Trukikaitis_Postimees, lk 34
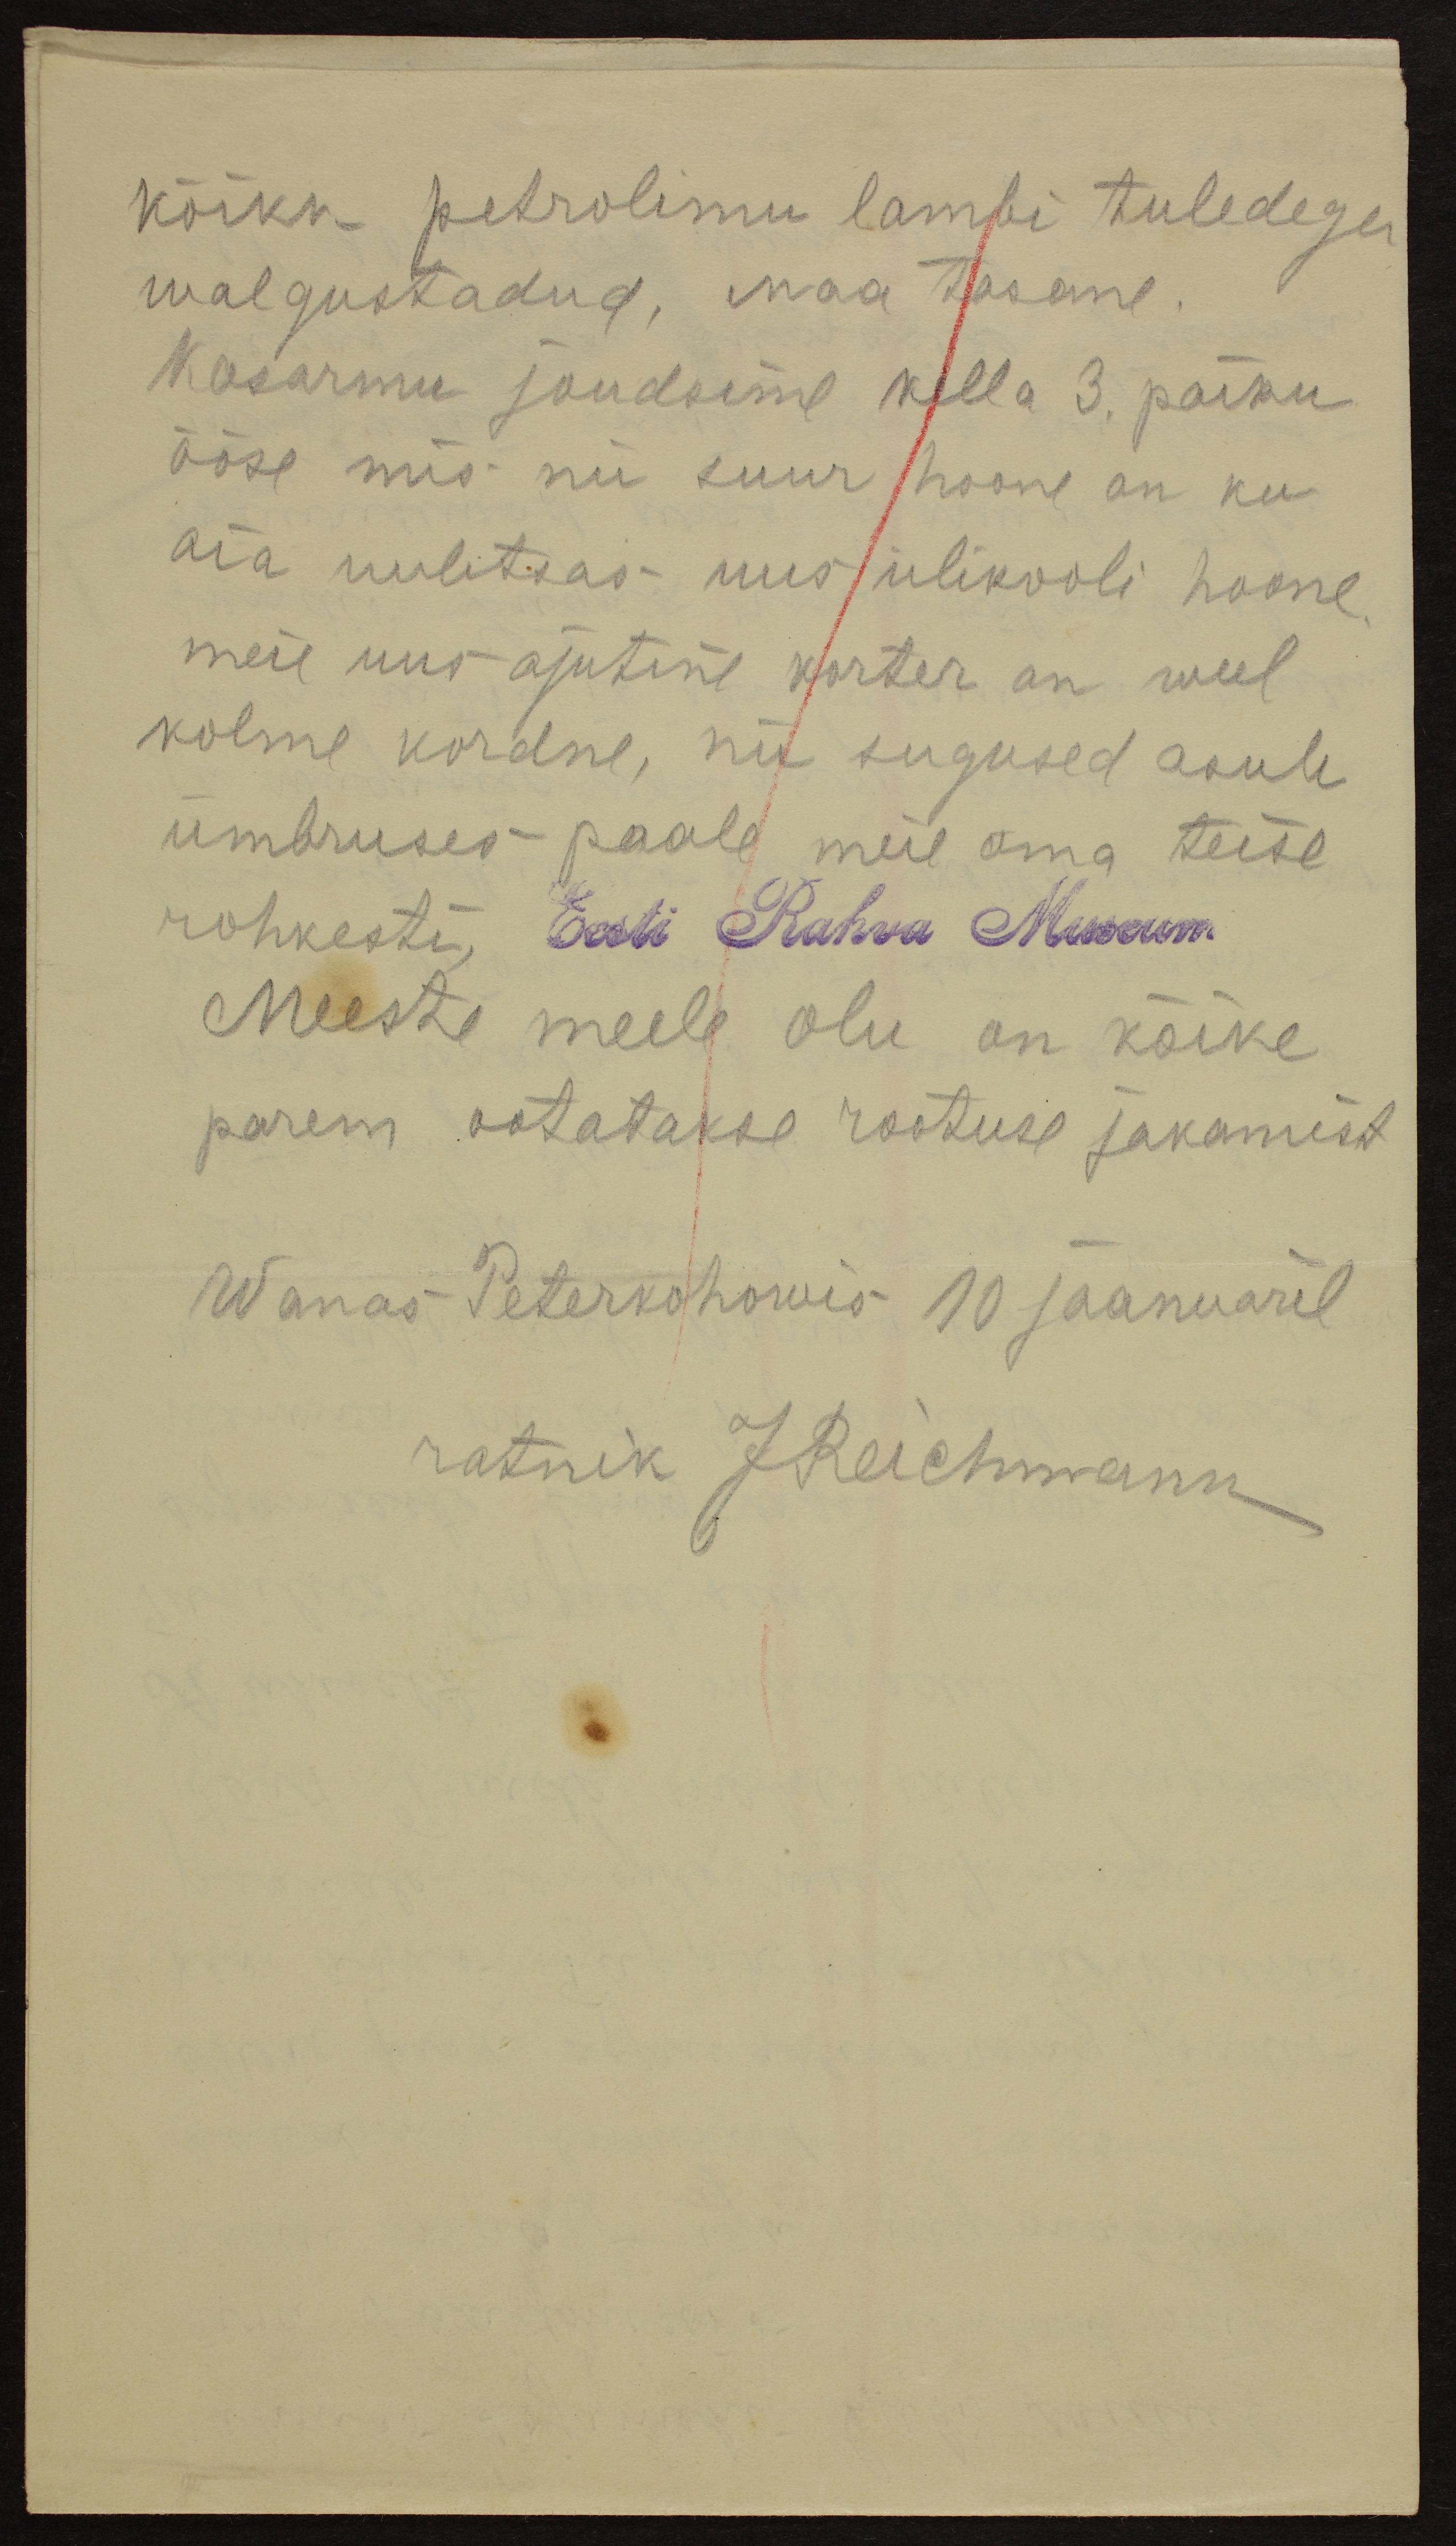
kõiku petrolium lambi tuledega
walgustadud, maa tasane.
Kasarmu jõudsime kella 3. paiku
ööse mis nii suur hoone on ku
aia uulitsas uus ülikooli hoone,
meie uus ajutine korter on weel
kolme kordne, nii sugused asub
ümbruses paale meie oma teise
rohkesti,
Eesti Rahva Museum
Meeste meele olu on kõike
parem ootatakse rootuse jakamist
Wanas Peterkohowis 10 jaanuaril
ratnik JReichmann